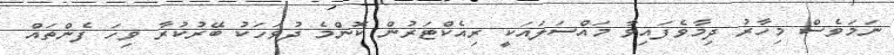
ނަމަވެސް މިހާރު ދިމާވެފައިވާ މައްސަލައަކީ ރިއެކްޓަރުން ކޮންމެ ދުވަހަކު ބޭރުކުރާ ވިހަ ފެންތައް